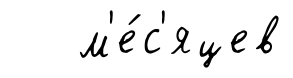
м'е́с'яцев